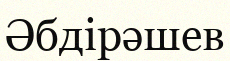
Әбдірәшев